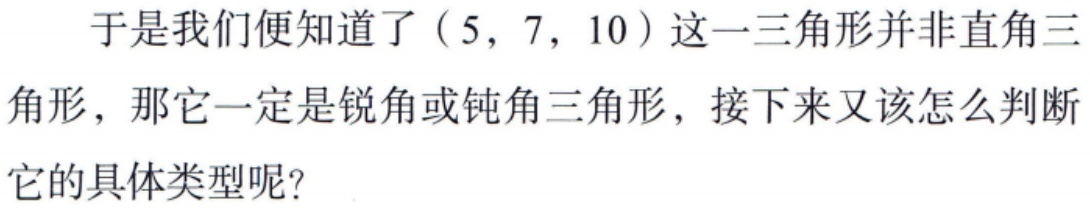
于是我们便知道了\((5,7,10)\)这一三角形并非直角三角形，那它一定是锐角或钝角三角形，接下来又该怎么判断它的具体类型呢？